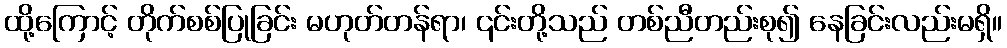
ထို့ကြောင့် တိုက်စစ်ပြုခြင်း မဟုတ်တန်ရာ၊ ၎င်းတို့သည် တစ်ညီတည်းစု၍ နေခြင်းလည်းမရှိ။